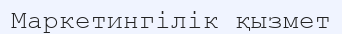
Маркетингілік қызмет